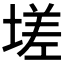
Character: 𡏦